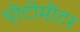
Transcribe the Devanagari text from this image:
पोटोमीटर